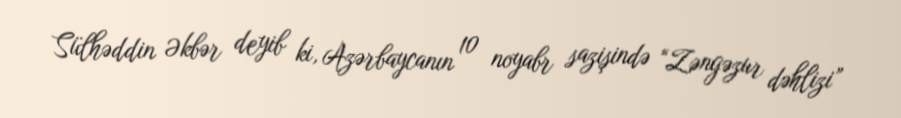
Sülhəddin Əkbər deyib ki, Azərbaycanın 10 noyabr sazişində “Zəngəzur dəhlizi”